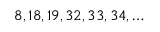
8 , 1 8 , 1 9 , 3 2 , 3 3 , 3 4 , \dots